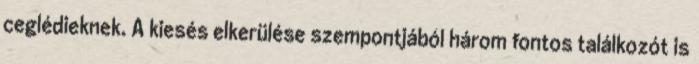
ceglédieknek. A kiesés elkerülése szempontjából három fontos találkozót is